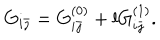
LaTeX: G _ { i \bar { \jmath } } = G _ { i \bar { \jmath } } ^ { ( 0 ) } + l G _ { i \bar { \jmath } } ^ { ( 1 ) } .